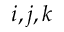
i , j , k